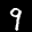
Label: 9